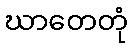
ဃာတေတုံ